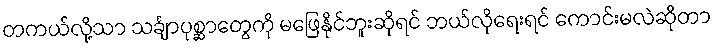
တကယ်လို့သာ သင်္ချာပုစ္ဆာတွေကို မဖြေနိုင်ဘူးဆိုရင် ဘယ်လိုရေးရင် ကောင်းမလဲဆိုတာ